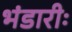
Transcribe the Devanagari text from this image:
भंडारीः